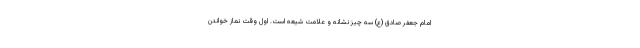
امام جعفر صادق (ع) سه چیز نشانه و علامت شیعه است. اول وقت نماز خواندن